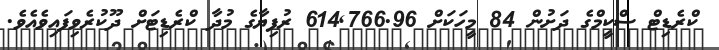
ކްރެޑިޓް ސްކީމްގެ ދަށުން 84 މީހަކަށް 614